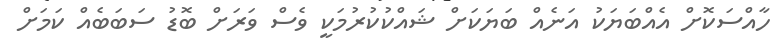
ހާއްސަކޮށް އެއްބަޔަކު އަނެއް ބަޔަކަށް ޝައްކުކުރުމަކީ ވެސް ވަރަށް ބޮޑު ސަބަބެއް ކަމަށް